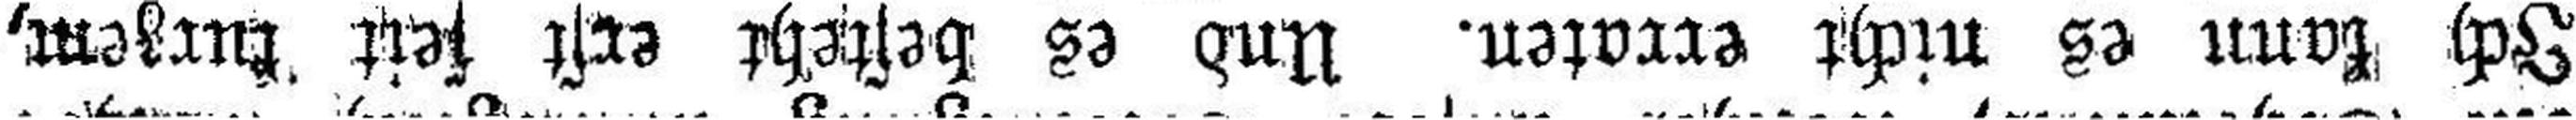
Ich kann es nicht erraten. Und es besteht erst seit kurzem,